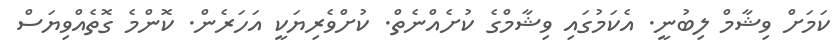
ކަމަށް ވިޝާމް ލިބުނީ. އެކަމުގައި ވިޝާމްގެ ކުށެއްނެތް. ކުށްވެރިޔަކީ އަހަރެން. ކޮންމެ ގޮތެއްވިޔަސް